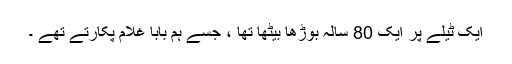
ایک ٹیلے پر ایک 80 سالہ بوڑھا بیٹھا تھا ، جسے ہم بابا غلام پکارتے تھے ۔